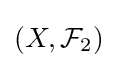
\left(X,{\mathcal {F}}_{2}\right)